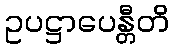
ဥပဋ္ဌာပေန္တီတိ